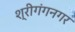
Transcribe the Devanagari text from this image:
श्रीगंगनगर